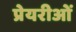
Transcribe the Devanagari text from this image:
प्रेयरीओं